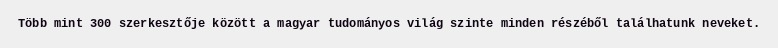
Több mint 300 szerkesztője között a magyar tudományos világ szinte minden részéből találhatunk neveket.